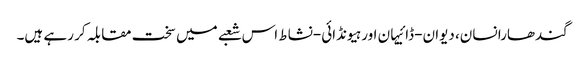
گندھارا نسان، دیوان-ڈائیہان اور ہیونڈائی-نشاط اس شعبے میں سخت مقابلہ کر رہے ہیں۔